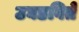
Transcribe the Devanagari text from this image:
उघडविते